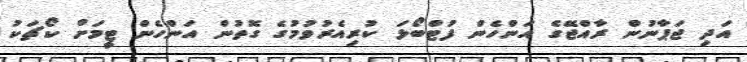
އަދި ޖަޕާނުން ރާއްޖޭގެ އަންހެން ފުޓްބޯޅަ ކުރިއެރުވުމުގެ ގޮތުން އަންހެން ޓީމަށް ކޯޗަކު